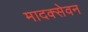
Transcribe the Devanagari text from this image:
मादक्सेवन